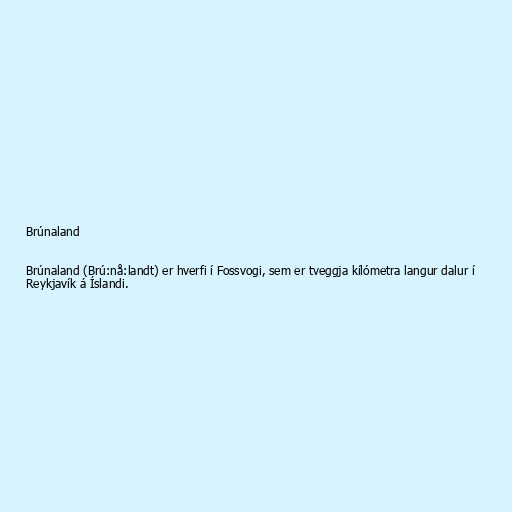
Brúnaland

Brúnaland (Brú:nå:landt) er hverfi í Fossvogi, sem er tveggja kílómetra langur dalur í
Reykjavík á Íslandi.